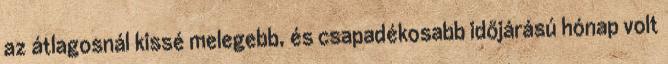
az átlagosnál kissé melegebb, és csapadékosabb időjárású hónap volt